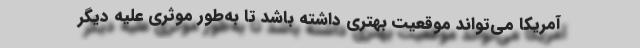
آمریکا می‌تواند موقعیت بهتری داشته باشد تا به‌طور موثری علیه دیگر